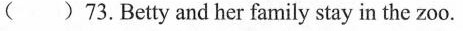
()73.Betty and her family stay in the zoo.